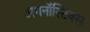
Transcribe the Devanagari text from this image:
अगनॉस्टिक्स